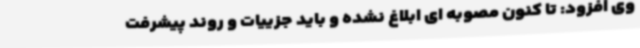
وی افزود: تا کنون مصوبه ای ابلاغ نشده و باید جزییات و روند پیشرفت